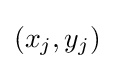
(x_{j},y_{j})